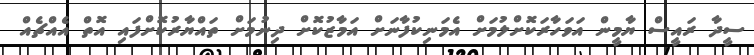
ސީދާ ރައީސް ޔާމީން އަވަހާރަކޮށްލުމަށް އެމަނިކުފާނަށް އަމާޒުކޮށް ދިނުމަށް ތައްޔާރުކޮށްފައި އޮތް އެއްޗެއް